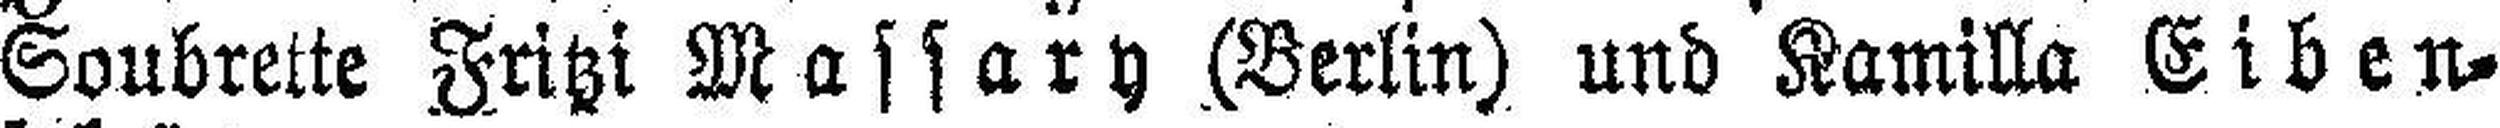
Soubrette Fritzi Massary (Berlin) und Kamilla Eiben¬